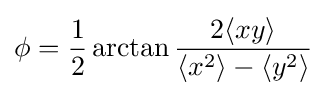
\phi ={\frac {1}{2}}\arctan {\frac {2\langle xy\rangle }{\langle x^{2}\rangle -\langle y^{2}\rangle }}